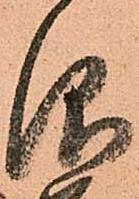
仰